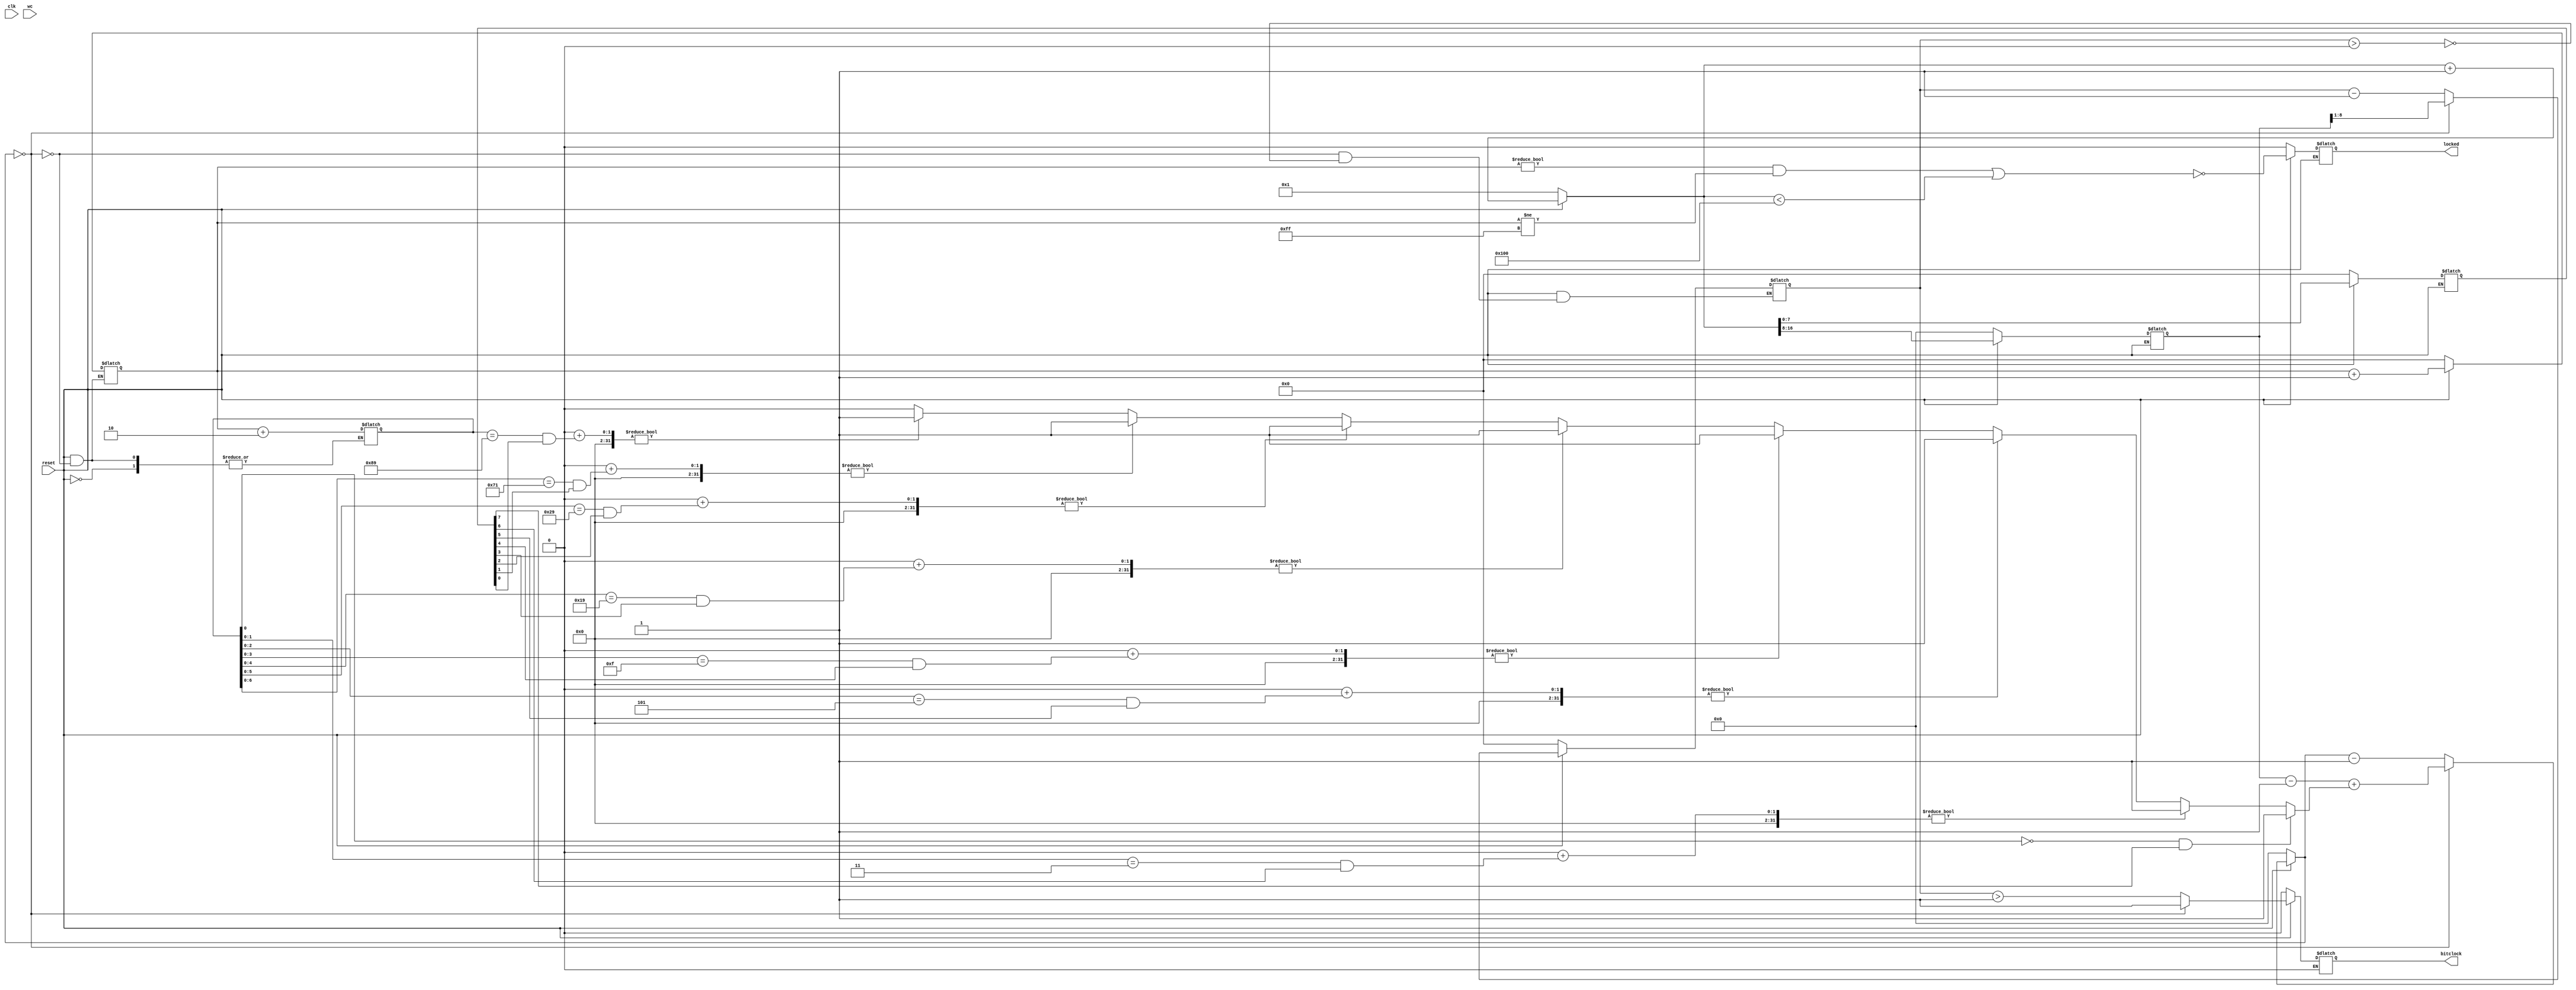
module dpll
#(
    parameter DIVW = 16
)(
    input clk,
    input reset,
    input wc,
    output reg bitclock,
    output reg locked
);

reg wc_d;

reg [DIVW:0]wordcnt;
reg [DIVW-8:0]cnh;
reg [7:0]cnl;
reg [DIVW-9:0]clockdownh;
reg [DIVW-8:0]clockdown;
reg [7:0]cbit;
reg [7:0]nbit;
reg [DIVW:0]temp;

always @(clk) begin
    wc_d <= wc;
end

always @(clk) begin
    if (!reset) 
        locked <= 0;
    else
    if (wc_d == 0 && wc == 1) 
        locked <= ~(cbit!=0 && cbit!=255 || wordcnt<256);
end

always @(clk) begin
    if (!reset) 
    begin
        wordcnt <= 1;
        cnh<=0;
        cnl<=0;
    end
    else
        if(wc_d == 0 && wc == 1)
        begin
            cnh <= wordcnt[DIVW:8];
            cnl <= wordcnt[7:0];
            wordcnt <= 1;
        end
        else
            wordcnt <= wordcnt+1;
end

always @(clk) begin
    if (!reset) 
    begin
        bitclock <= 0;
        cbit <= 0;
        clockdown <= 0;
        clockdownh <= 0;
    end
    else
    begin
        if (wc_d == 0 && wc == 1) 
        begin
            cbit <= 0;
            nbit <= 1;
            clockdownh <= cnh[DIVW-8:1];
            clockdown <= cnh - 1 + (cnl[7]?1:0);
        end
        else
            if (clockdown == 0)
            begin
                cbit <= cbit+1;
                nbit <= cbit+2;
                bitclock <= 1;
                clockdownh <= cnh[DIVW-8:1];
                clockdown <=  cnh - 1 + ((nbit[0]   ==   0 && cnl[7])?1:0 +
                    (nbit[1:0] ==   3 && cnl[6])?1:0 +
                    (nbit[2:0] ==   5 && cnl[5])?1:0 +
                    (nbit[3:0] ==  15 && cnl[4])?1:0 +
                    (nbit[4:0] ==  25 && cnl[3])?1:0 +
                    (nbit[5:0] ==  41 && cnl[2])?1:0 +
                    (nbit[6:0] == 113 && cnl[1])?1:0 +
                    (nbit[7:0] == 137 && cnl[0])?1:0);
            end
            else
            begin
                clockdown <= clockdown-1;
                bitclock <= (clockdownh > 1);
                if(clockdownh > 0)
                    clockdownh <= clockdownh-1;
            end
        end
    end

endmodule